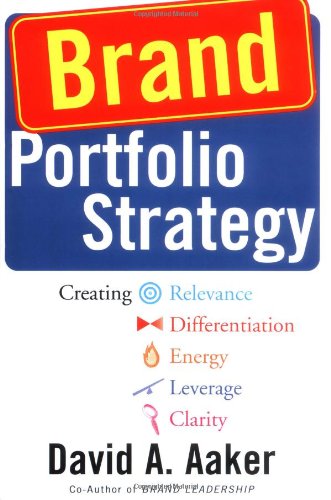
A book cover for Brand Portfolio Strategy: Creating Relevance, Differentiation, Energy, Leverage, and Clarity; David A. Aaker; Business & Money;